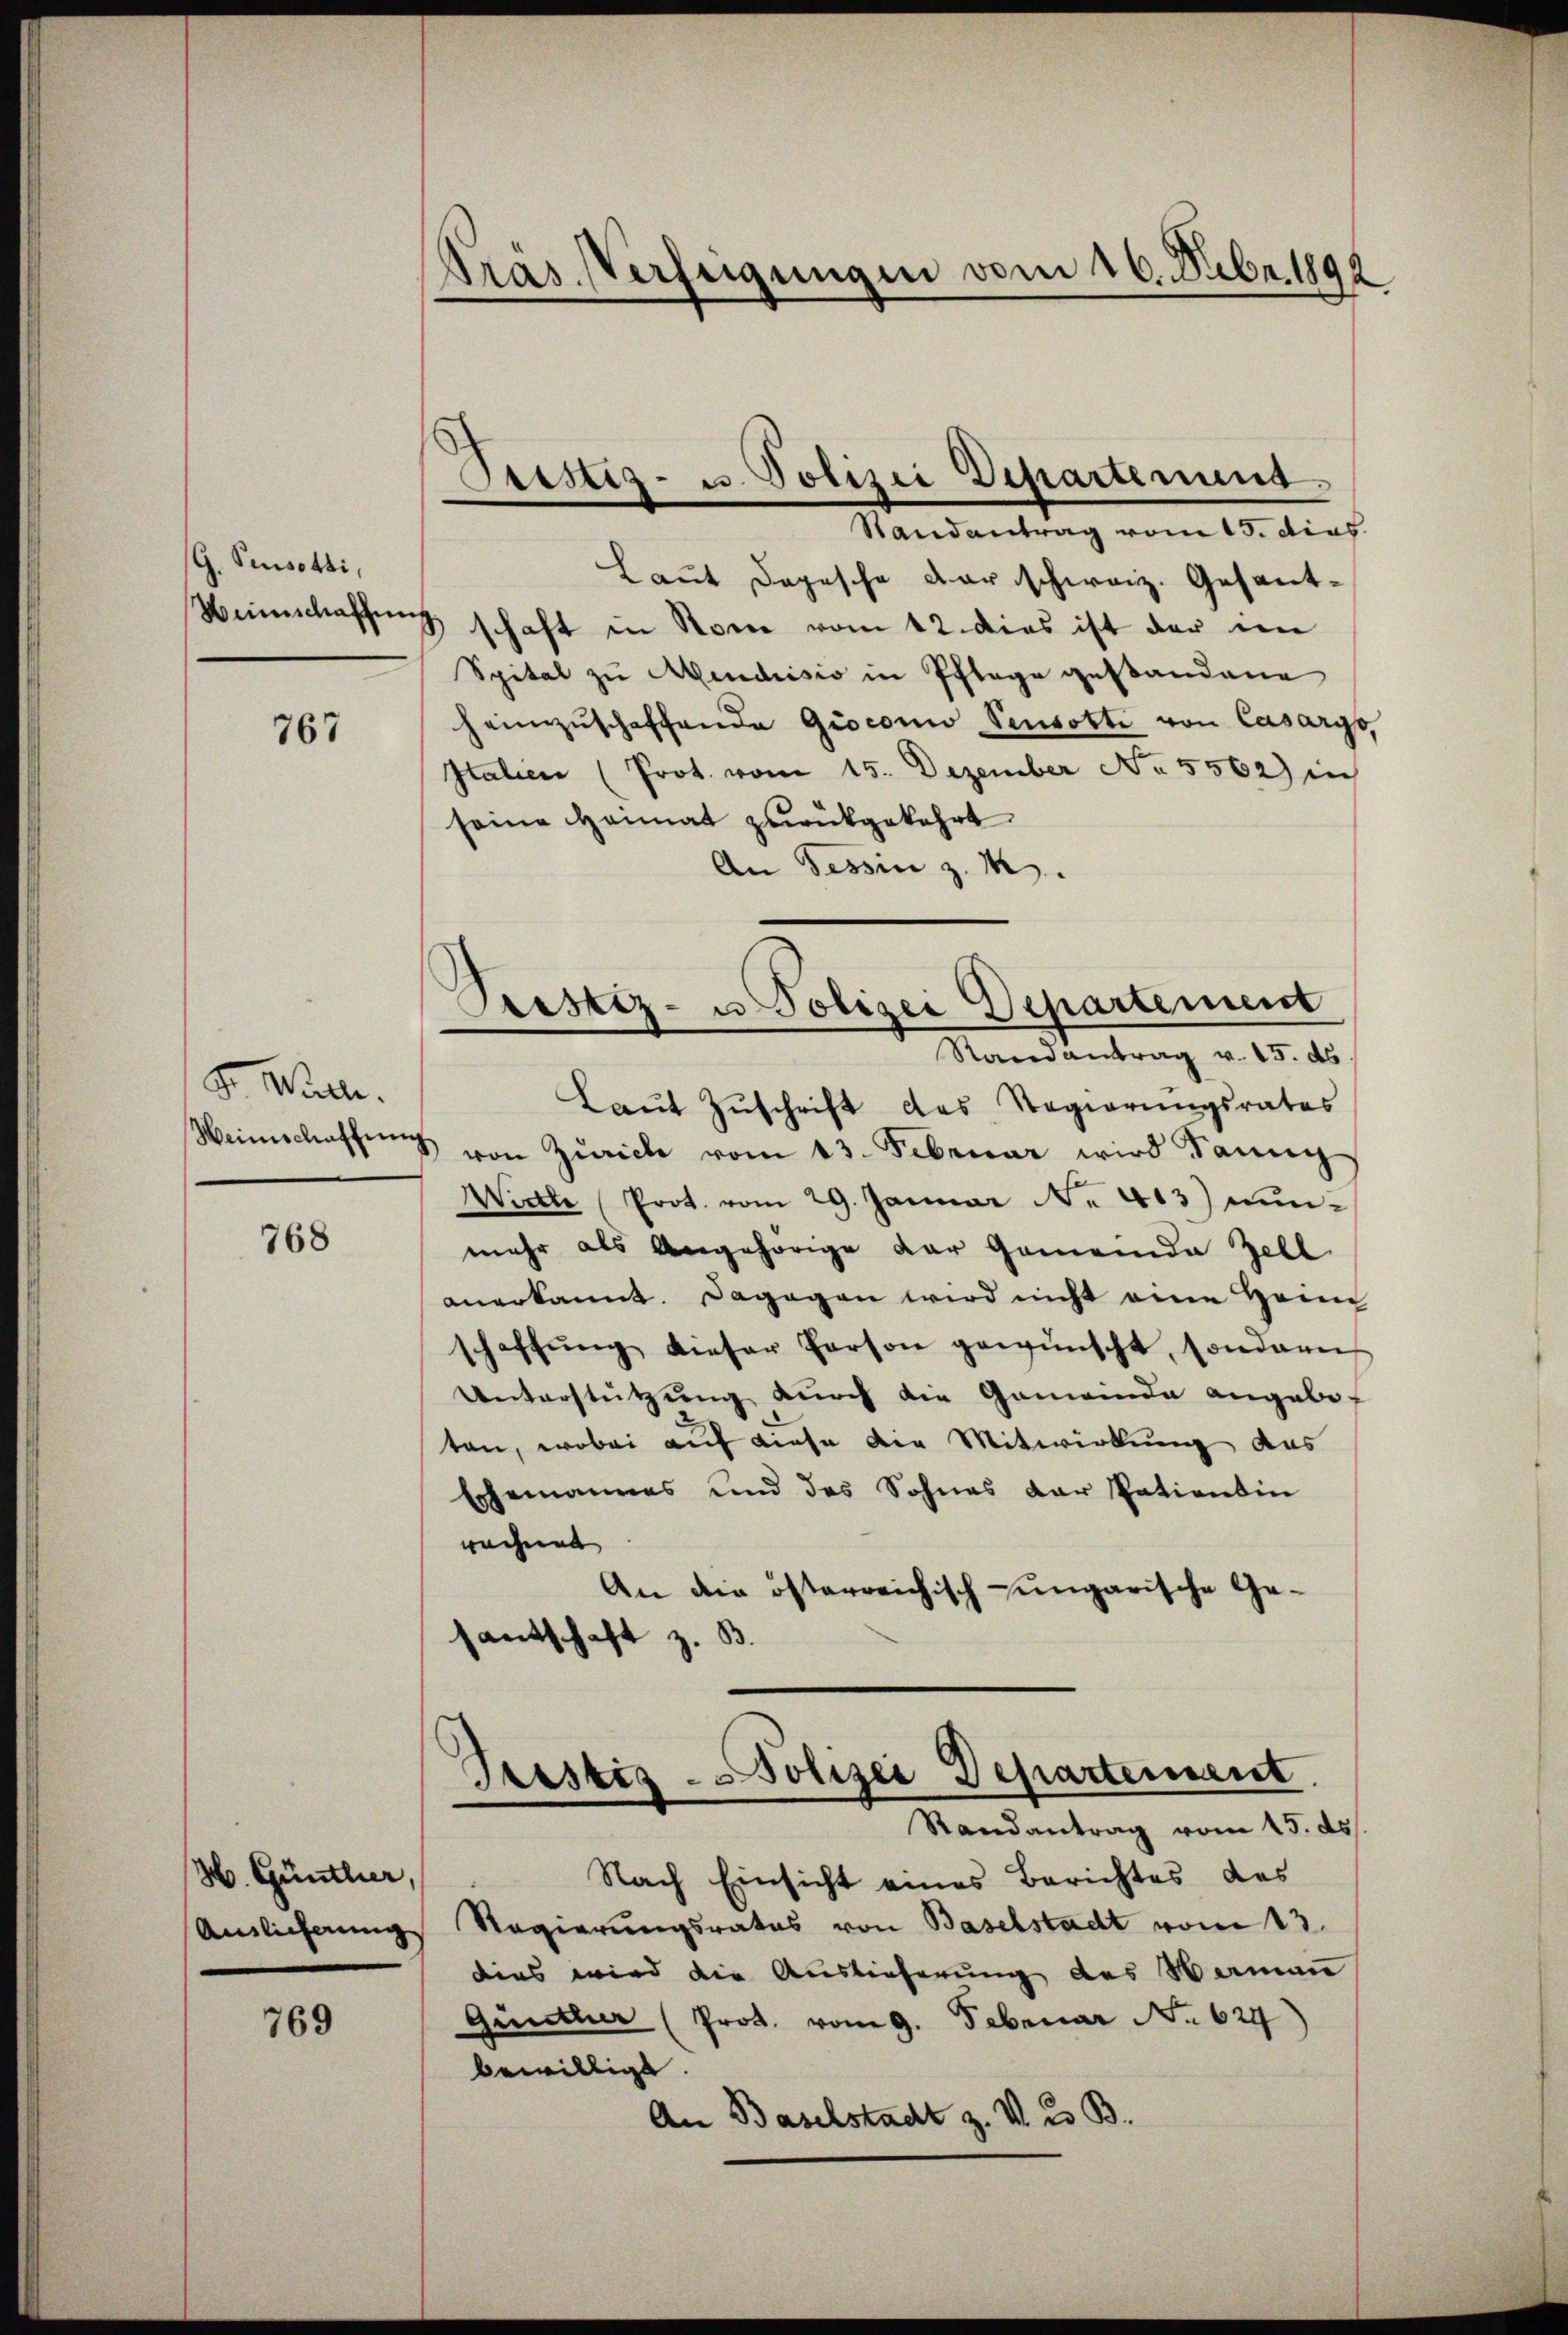
G. Pesotti,
Weinschaffen

767

S. Mlle.
Weinschaffung

768

H. Günthier,
Anslicherung

769

Pras Verfügungen vom 16. Febr. 1892

Pristiz- u. Polizei Departenung.
Randantrag vom 15. dies

Prustiz- u. Polizei Departement
Randantrag v. 15. ds
Laŭt Zŭschrift des Regierŭngsrates

Laut Depesche darschweiz. Gesantschaft in Sonne vom 12. dies ist der im
Spital zu Mendrisis in Pflege gestandene
heimzuschaffende Gisconio Sensatte von Casargs,
Italien (Prot. vom 15. Dezember No. 5562) in
seine Heimat zurückgekehrt.
An Tessin z. M.
1 von Zürich vom 13. Februar wird dann
Widte Prot. vom 29. Januar No. 413) unmehr als Angehörige der Gemeinde Zell
anerkannt. Dagegen wird nicht eine Heim
schaffŭng dieser Person gewünscht, sondern
Unterstützung durch die Gemeinde angebeten, wobei auf diese die Mitwirkung des
Ehemannes und des Sohnes der Vationsin
rechnet
An die österreichisch-ungarische Gesantschaft z. B.

Trestiz - Polizei Departement
Randantrag vom 15. ds.

Nach Einsicht eines Berichtes des
Regierungsrates von Baselstadt vom 13.
dies wird die Auslieferung des Wermann
Günther (Prot. vom 9. Februar No. 624)
bewilligt.
An Baselstadt z. VI. 2. B.